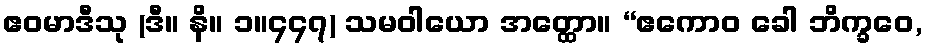
ဧဝမာဒီသု (ဒီ။ နိ။ ၁။၄၄၇) သမဝါယော အတ္ထော။ “ဧကောဝ ခေါ ဘိက္ခဝေ,